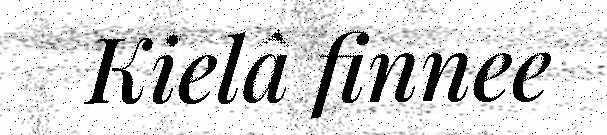
Kielâ finnee